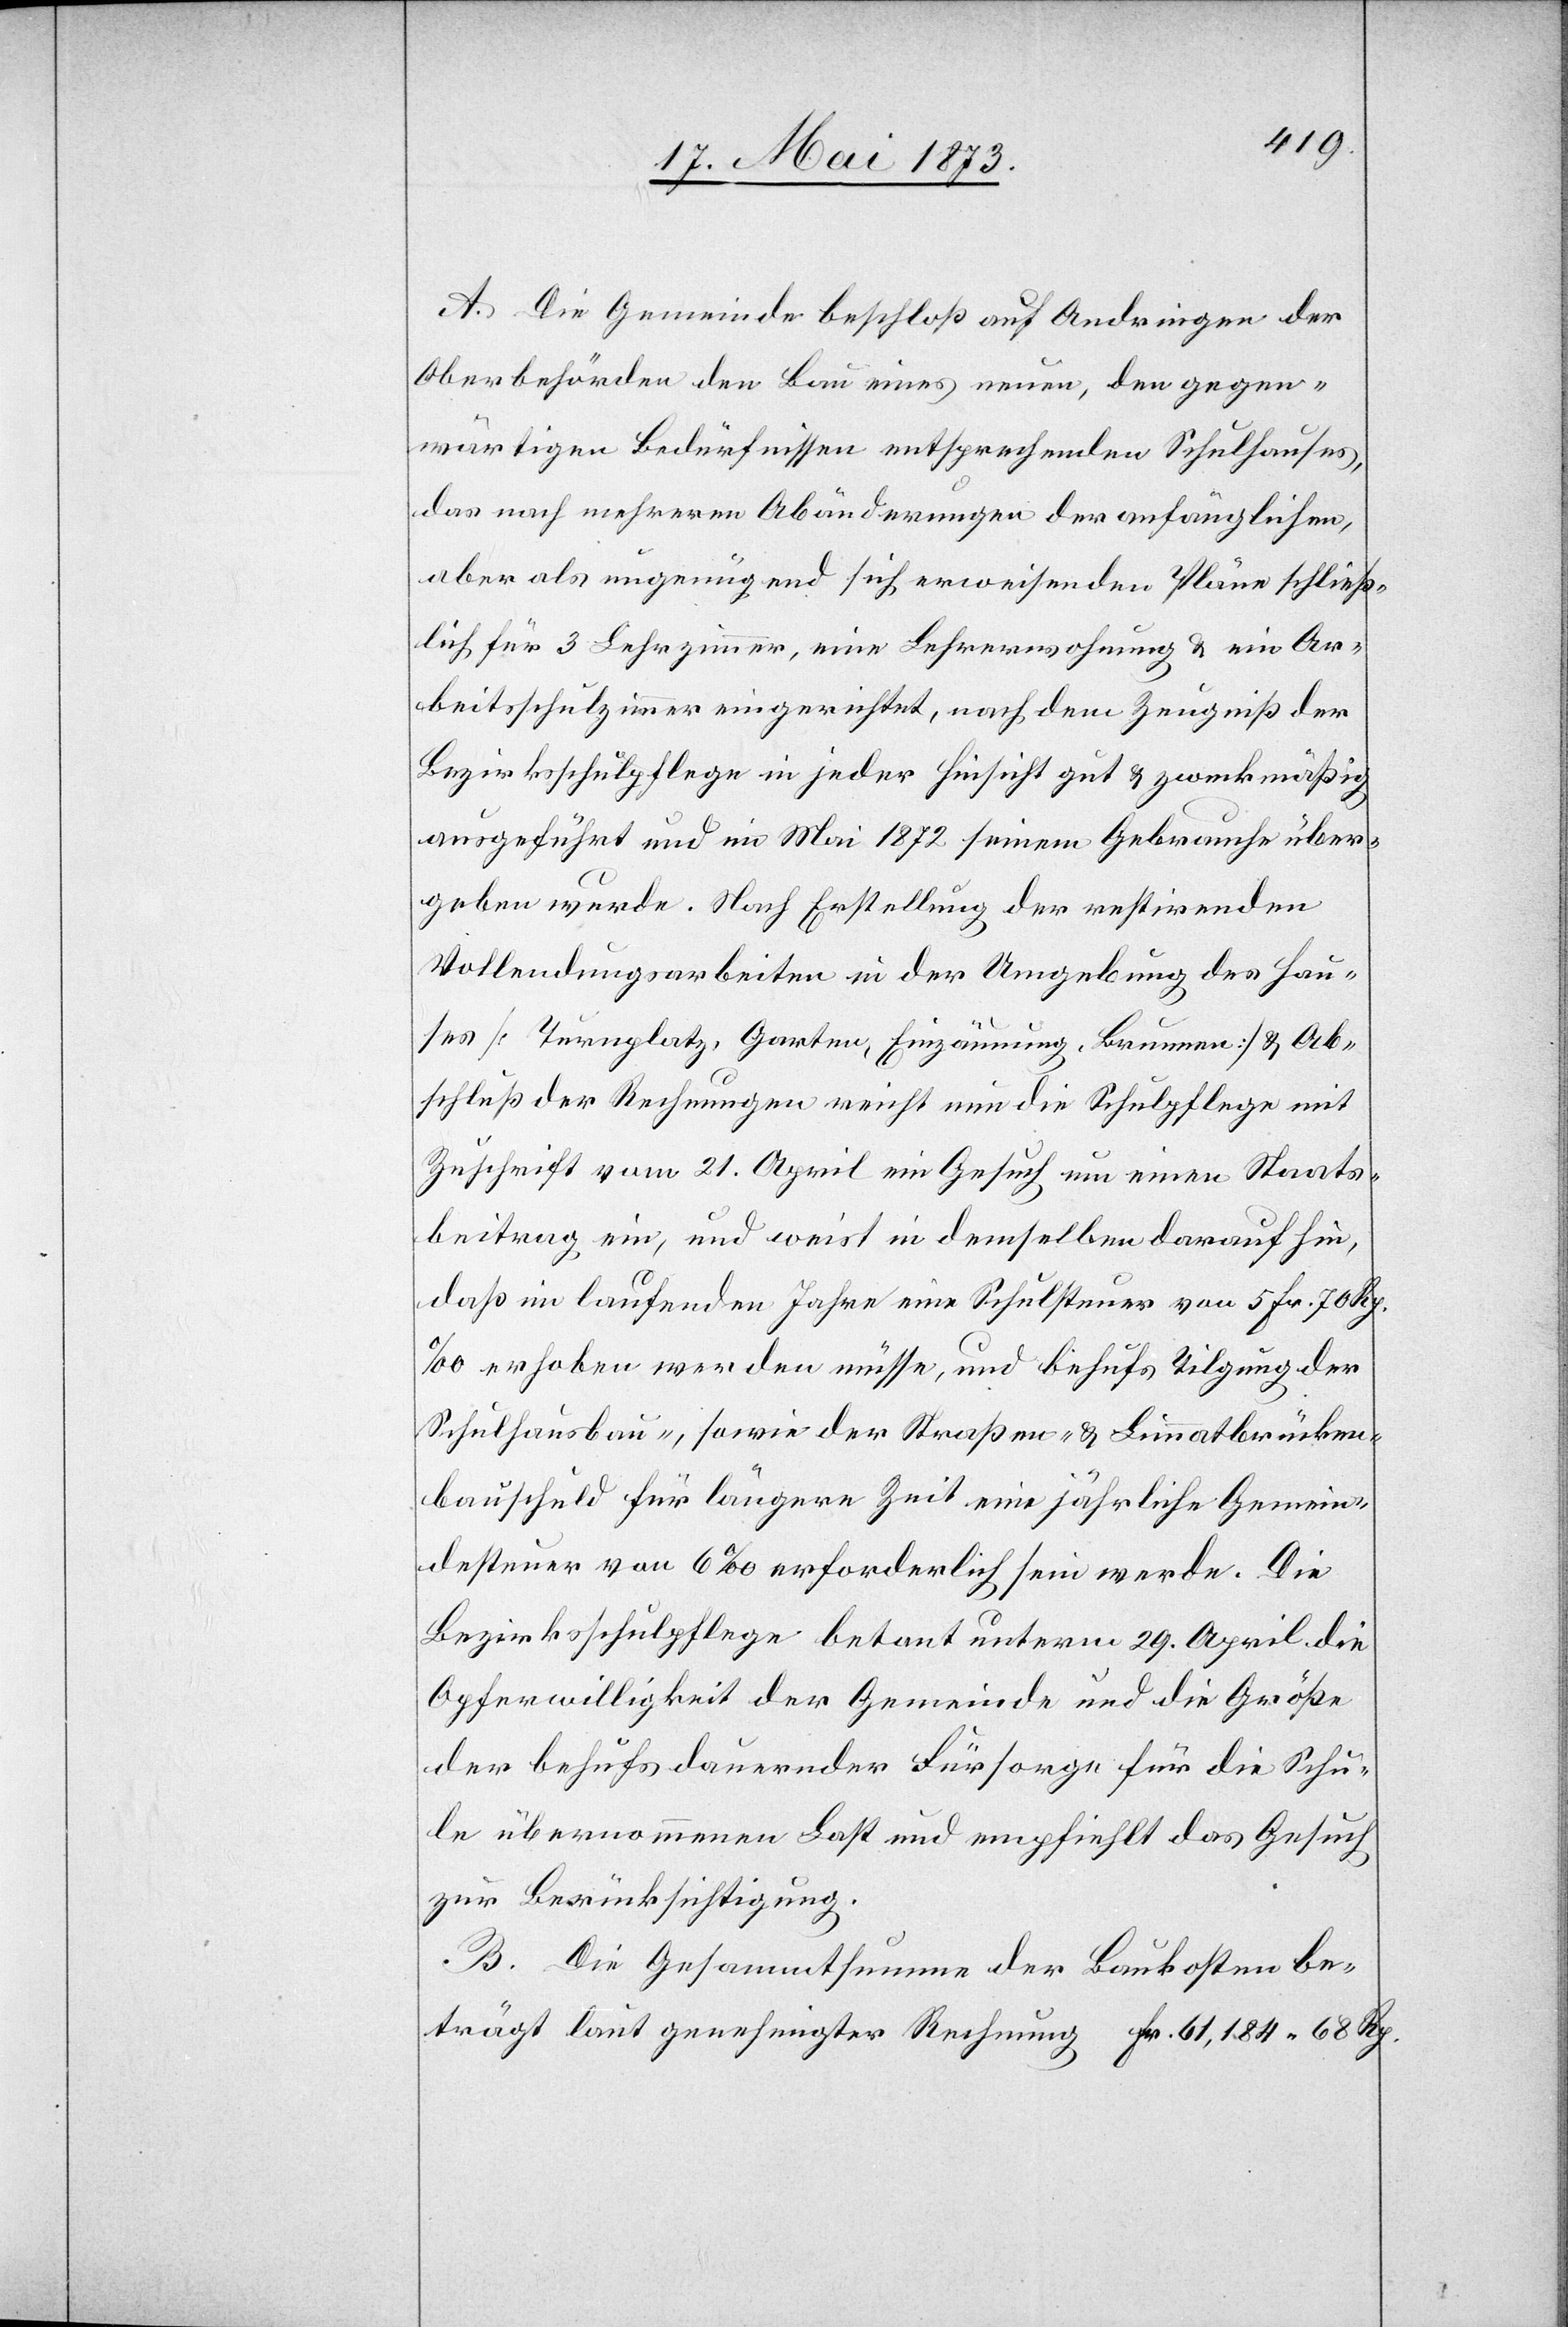
trägt
A. Die Gemeinde beschloß auf Andringen der
Oberbehörden den Bau eines neuen, den gegen¬
wärtigen Bedürfnissen entsprechenden Schulhauses,
das nach mehreren Abänderungen der anfänglichen,
aber als ungenügend sich erweisenden Pläne schließ¬
lich für 3 Lehrzimmer, eine Lehrerwohnung & ein Ar¬
beitsschulzimmer eingerichtet, nach dem Zeugniß der
Bezirksschulpflege in jeder Hinsicht gut & zweckmäßig
ausgeführt und im Mai 1872 seinem Gebrauche über¬
geben wurde. Nach Erstellung der restirenden
Vollendungsarbeiten in der Umgebung des Hau¬
ses [Turnplatz, Garten, Einzäunung, Brunnen] & Ab¬
schluß der Rechnungen reicht nun die Schulpflege mit
Zuschrift vom 21. April ein Gesuch um einen Staats¬
beitrag ein, und weist in demselben darauf hin,
daß im laufenden Jahre eine Schulsteuer von 5 Fr. 70 Rp.
‰ erhoben werden müsse, und behufs Tilgung der
Schulhausbau-, sowie der Straßen- & Limmatbrücken¬
bauschuld für längere Zeit eine jährliche Gemein¬
desteuer von 6‰ erforderlich sein werde. Die
Bezirksschulpflege betont unterm 29. April die
Opferwilligkeit der Gemeinde und die Größe
der behufs dauernder Fürsorge für die Schu¬
le übernommenen Last und empfiehlt das Gesuch
zur Berücksichtigung.
B. Die Gesammtsumme der Baukosten be¬